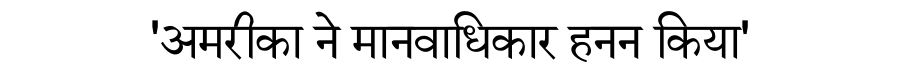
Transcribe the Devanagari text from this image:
'अमरीका ने मानवाधिकार हनन किया'